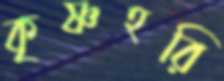
কৃষ্ণহরি